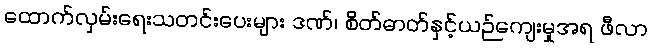
ထောက်လှမ်းရေးသတင်းပေးများ ဒဏ်၊ စိတ်ဓာတ်နှင့်ယဉ်ကျေးမှုအရ ဖီလာ